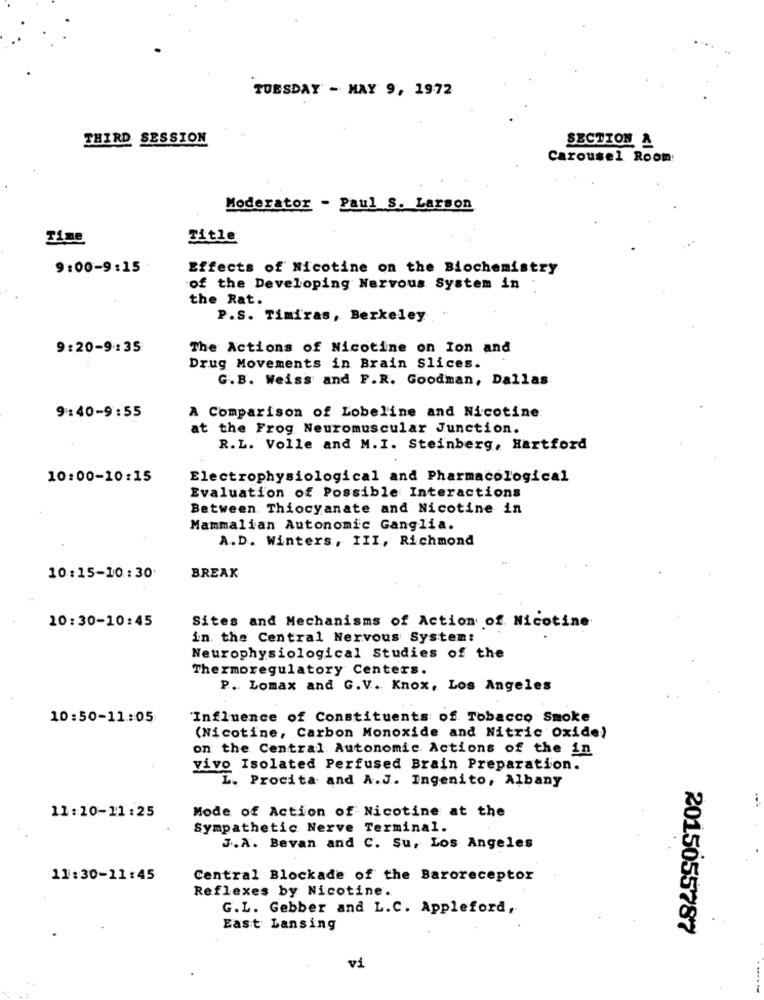
TUESDAY - MAY 9, 1972
THIRD SESSION
SECTION &
Carousel Room:
Moderator - Paul S. Larson
Time
Title
9:00-9:15
Effects of Nicotine on the Biochemistry
of the Developing Nervous System in
the Rat.
P.S. Timiras, Berkeley
9:20-9:35
The Actions of Nicotine on Ion and
Drug Movements in Brain Slices.
G.B. Weiss and F.R. Goodman, Dallas
A Comparison of Lobeline and Nicotine:
9:40-9:55
at the Frog Neuromuscular Junction.
R.L. Volle and M.I. Steinberg, Hartford
10:00-10:15
Electrophysiological and Pharmacological
Evaluation of Possible Interactions
Between. Thiocyanate and Nicotine in
Mammalian Autonomic Ganglia.
A. D. Winters, III, Richmond
10:15-10:30
BREAK
Sites and Mechanisms of Action of Nicotine
10:30-10:45
in the Central Nervous System:
Neurophysiological Studies of the
Thermoregulatory Centers.
P. Lomax and G.V. Knox, Los Angeles
10:50-11:05
Influence of Constituents of Tobacco Smoke
(Nicotine, Carbon Monoxide and Nitric Oxide)
on the Central Autonomic Actions of the in
vivo Isolated Perfused Brain Preparation.
L. Procita and A.J. Ingenito, Albany
11:10-11:25
Mode of Action of Nicotine at the
Sympathetic Nerve Terminal.
J.A. Bevan and C. Su, Los Angeles
11:30-11:45
Central Blockade of the Baroreceptor
Reflexes by Nicotine.
G.L. Gebber and L.C. Appleford,
East Lansing
2015055787
vi